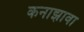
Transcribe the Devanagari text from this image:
कनाझावा